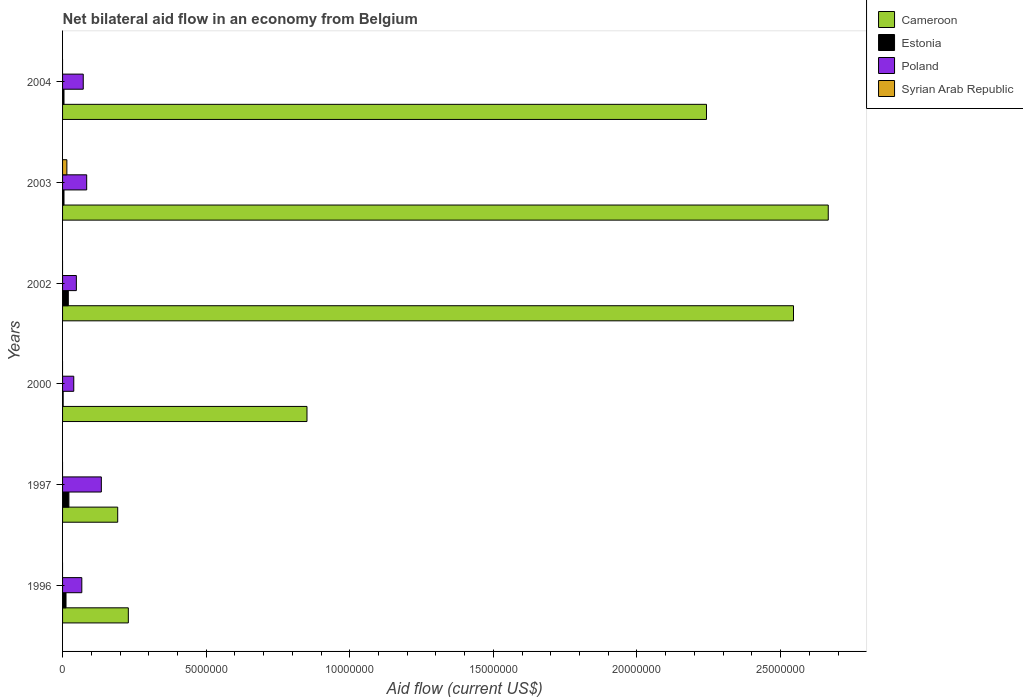
| Years | Cameroon | Estonia | Poland | Syrian Arab Republic |
 | --- | --- | --- | --- | --- |
 | 1996 | 2.29e+06 | 1.2e+05 | 6.7e+05 | -1.2e+05 |
 | 1997 | 1.92e+06 | 2.2e+05 | 1.35e+06 | -9e+04 |
 | 2000 | 8.51e+06 | 2e+04 | 3.9e+05 | -5e+04 |
 | 2002 | 2.54e+07 | 2e+05 | 4.8e+05 | -1e+04 |
 | 2003 | 2.67e+07 | 5e+04 | 8.4e+05 | 1.5e+05 |
 | 2004 | 2.24e+07 | 5e+04 | 7.2e+05 | -1.2e+05 |